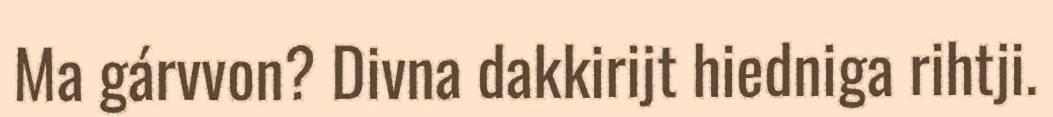
Ma gárvvon? Divna dakkirijt hiedniga rihtji.